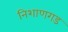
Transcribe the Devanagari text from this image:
निशाणगड